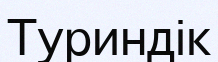
Туриндік